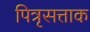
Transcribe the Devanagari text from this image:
पित्रृसत्ताक